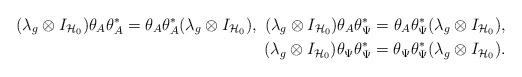
LaTeX: \begin{align*} (\lambda_g\otimes I_{\mathcal{H}_0})\theta_A\theta_A^*=\theta_A\theta_A^*(\lambda_g\otimes I_{\mathcal{H}_0}), ~ (\lambda_g\otimes I_{\mathcal{H}_0})\theta_A\theta_\Psi^*=\theta_A\theta_\Psi^*(\lambda_g\otimes I_{\mathcal{H}_0}),\\ (\lambda_g\otimes I_{\mathcal{H}_0})\theta_\Psi\theta_\Psi^*=\theta_\Psi\theta_\Psi^*(\lambda_g\otimes I_{\mathcal{H}_0}). \end{align*}